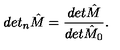
d e t _ { n } { \hat { M } } = \frac { d e t { \hat { M } } } { d e t { \hat { M } _ { 0 } } } .